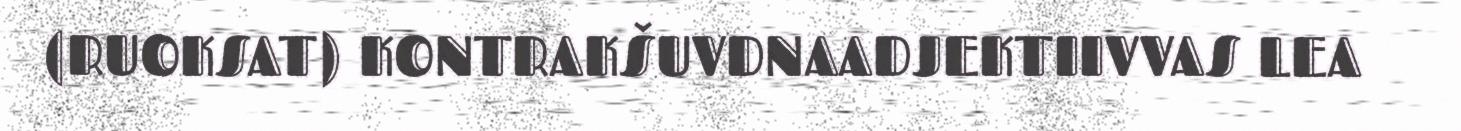
(RUOKSAT) KONTRAKŠUVDNAADJEKTIIVVAS LEA